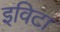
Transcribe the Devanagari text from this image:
इविटा